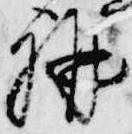
講